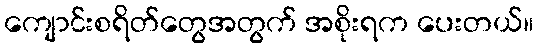
ကျောင်းစရိတ်တွေအတွက် အစိုးရက ပေးတယ်။